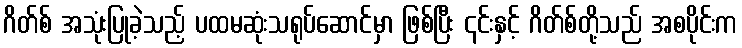
ဂိတ်စ် အသုံးပြုခဲ့သည့် ပထမဆုံးသရုပ်ဆောင်မှာ ဖြစ်ပြီး ၎င်းနှင့် ဂိတ်စ်တို့သည် အစပိုင်းက